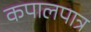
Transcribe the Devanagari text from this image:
कपालपात्र